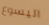
اليسوع